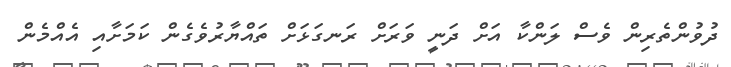
ދުވުންތެރިން ވެސް ލަންކާ އަށް ދަނީ ވަރަށް ރަނގަޅަށް ތައްޔާރުވެގެން ކަމަށާއި އެއްމެން